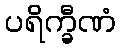
ပရိက္ခီဏံ